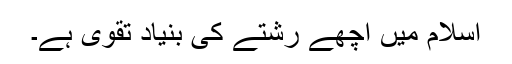
اسلام میں اچھے رشتے کی بنیاد تقویٰ ہے۔